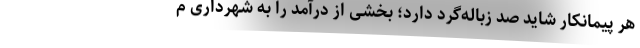
هر پیمانکار شاید صد زباله‌گرد دارد؛ بخشی از درآمد را به شهرداری م